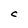
Character: C